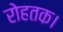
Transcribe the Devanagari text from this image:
रोहतक।